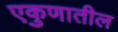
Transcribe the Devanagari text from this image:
एकुणातील